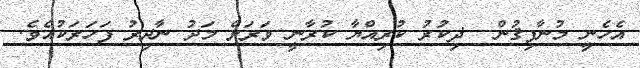
އެހެނީ މުނާފިޤުން  ޛިކުރު ކުރިއްޔާ ކުރާނީ ވަރަށް މަދު ނާދިރު ފަހަރަކުއެވެ.